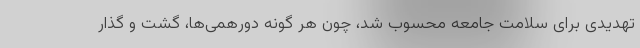
تهدیدی برای سلامت جامعه محسوب شد، چون هر گونه دورهمی‌ها، گشت و گذار